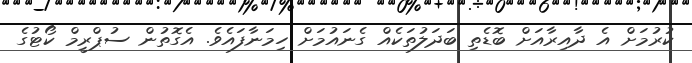
ކުރުމަށް އެ ދާއިރާއަށް ބޮޑެތި ބަދަލުތަކެއް ގެނައުމަށް ހިމަނާފައެވެ. އެގޮތުން ސުޕްރީމް ކޯޓުގެ